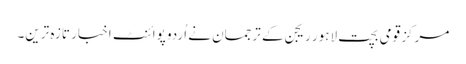
مرکز قومی بچت لاہور ریجن کے ترجمان نے اُردو پوائنٹ اخبار تازہ ترین۔